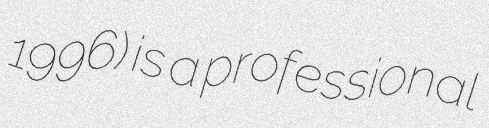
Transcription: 1996) is a professional